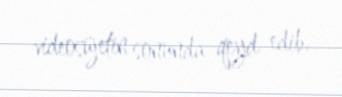
videosüjetin sonunda qeyd edib.